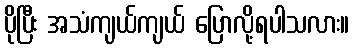
ပိုပြီး အသံကျယ်ကျယ် ပြောလို့ရပါသလား။